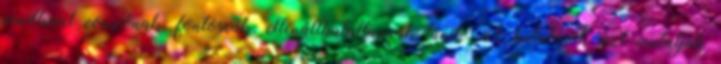
rendkívül vonzónak, fontosnak, ellenállhatatlannak tűnik. A kutatások azt mutatják